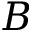
B